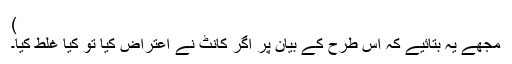
)
مجھے یہ بتائیے کہ اس طرح کے بیان پر اگر کانٹ نے اعتراض کیا تو کیا غلط کیا۔